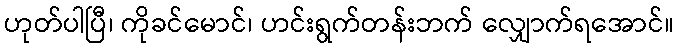
ဟုတ်ပါပြီ၊ ကိုခင်မောင်၊ ဟင်းရွက်တန်းဘက် လျှောက်ရအောင်။